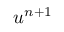
u ^ { n + 1 }